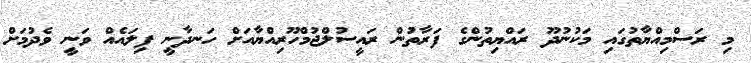
މި ރަސްމިއްޔާތުގައި މަކުނުދޫ ރައްޔިތުންގެ ފަރާތުން ރައީސުލްޖުމްހޫރިއްޔާއަށް ހަނދާނީ ފިލައެއް ވަނީ ވެދުމަށް